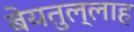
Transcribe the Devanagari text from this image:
बेयतुल्लाह